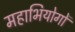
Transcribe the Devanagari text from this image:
महाभियोगों